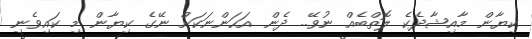
ކިޔާން މާއިޝާދެކެ ލޮތްބެއް ނުވޭ.. ދެން އަހަންނަކަށް ނޭގެ ކިޔާން މި ކައިވެނި